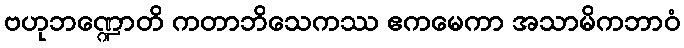
ဗဟုဘဏ္ဍောတိ ကတာဘိသေကဿ ဧကမေကာ အသာမိကဘာဝံ